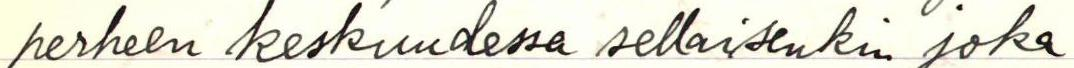
perheen keskuudessa sellaisenkin joka